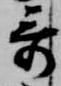
哥